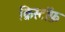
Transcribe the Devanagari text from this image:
क्रिस्टॉफ़